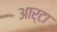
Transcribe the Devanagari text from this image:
आर्टा